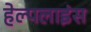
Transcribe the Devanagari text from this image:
हेल्पलाइंस